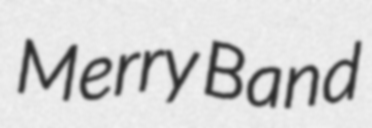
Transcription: Merry Band